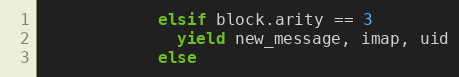
Language: Ruby
            elsif block.arity == 3
              yield new_message, imap, uid
            else